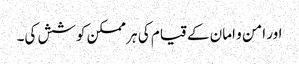
اور امن و امان کے قیام کی ہر ممکن کوشش کی۔